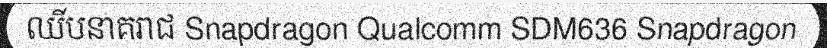
ឈីបនាគរាជ Snapdragon Qualcomm SDM636 Snapdragon